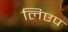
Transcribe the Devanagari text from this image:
लिएप